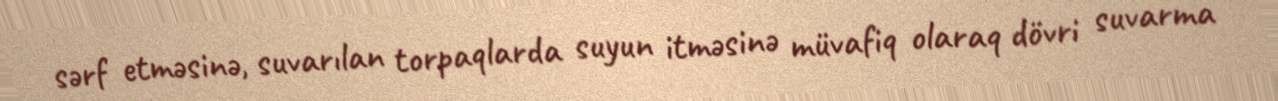
sərf etməsinə, suvarılan torpaqlarda suyun itməsinə müvafiq olaraq dövri suvarma